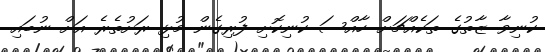
ކުނިވާ ޒާތުގެ ތަކެއްޗަށް ހާއްސަ ކުނިކޮށި ފުރިގެން މުޅި ރަށުތެރެ އަށް ނުބައި